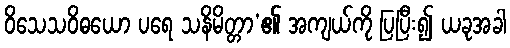
ဝိသေသဝိဓယော ပရေ သနိမိတ္တာ’၏ အကျယ်ကို ပြပြီး၍ ယခုအခါ